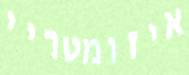
איזומטריי